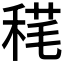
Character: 𥟪